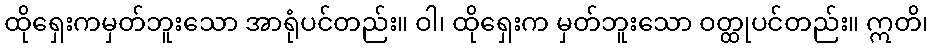
ထိုရှေးကမှတ်ဘူးသော အာရုံပင်တည်း။ ဝါ၊ ထိုရှေးက မှတ်ဘူးသော ဝတ္ထုပင်တည်း။ ဣတိ၊